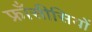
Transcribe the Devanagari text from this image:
फ्राँसीसियों